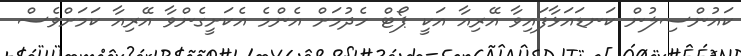
ކައުންސިލުން ކަނޑައަޅާފައިވާ އޭރިއާ އަކީ ޕޯޓް ހެދުމަށް އެންމެ އެކަށީގެންވާ އޭރިއާ ކަމަށްވެސް